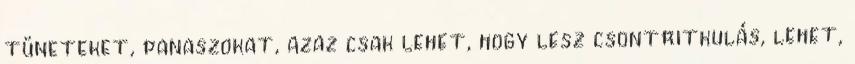
tüneteket, panaszokat, azaz csak lehet, hogy lesz csontritkulás, lehet,